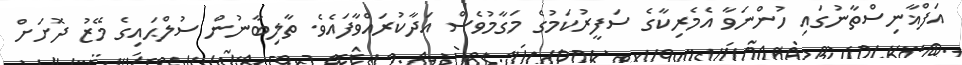
އަފްޣާނިސްތާނުގައި ހުންނަވާ އެމެރިކާގެ ސަފީރުކަމުގެ މަގާމުވެސް އަދާކުރައްވާފައެވެ. ތާލިބާނުން ސުލްޙައިގެ މޭޒު ދޮށަށް